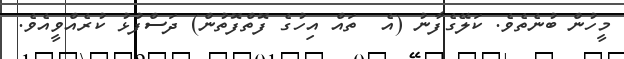
މީހުން ބުނެތެވެ. ކަލޭގެފާނު (އެ  ތައް އިހުގެ ފޮތްފޮތުން) ދަސްފުޅު ކުރެއްވީއެވެ.